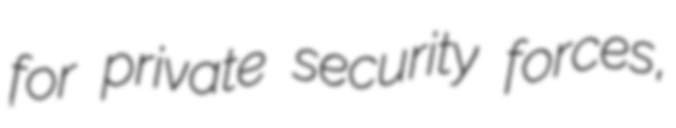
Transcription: for private security forces,